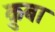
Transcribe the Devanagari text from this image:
क़ुबा